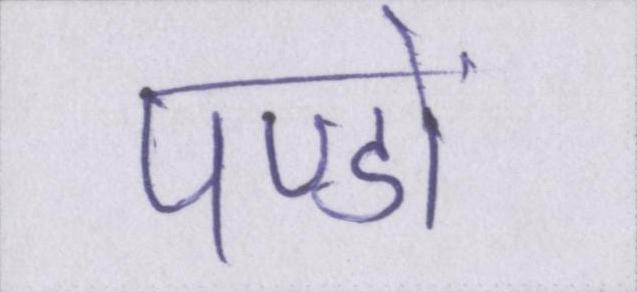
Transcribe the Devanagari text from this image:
पण्डों